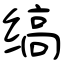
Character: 缟